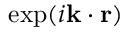
\exp ( i { \bf k } \cdot { \bf r } )